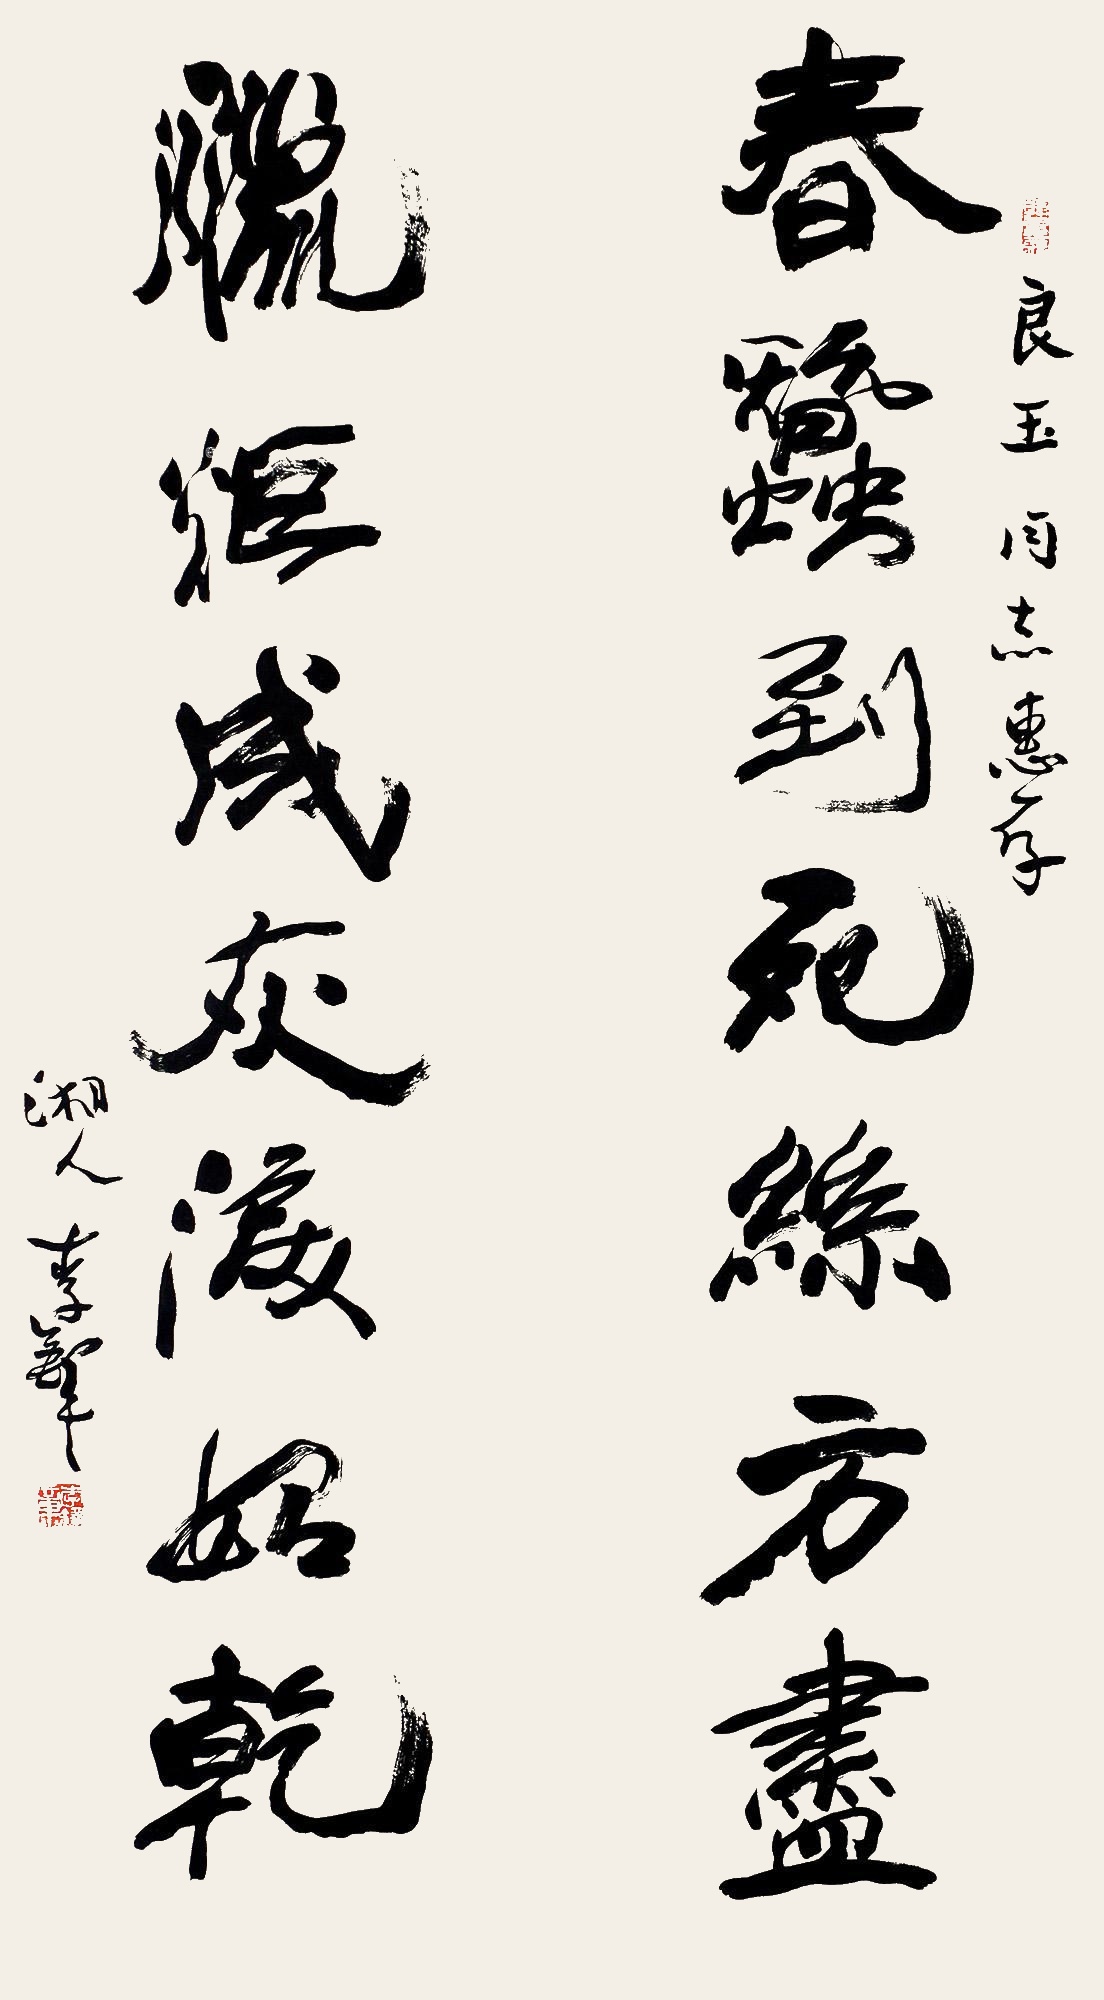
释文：春蚕到死丝方尽，蜡炬成灰泪始干。良玉同志惠存，湘人李铎。